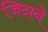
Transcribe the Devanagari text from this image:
जिदाने